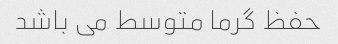
حفظ گرما متوسط می باشد